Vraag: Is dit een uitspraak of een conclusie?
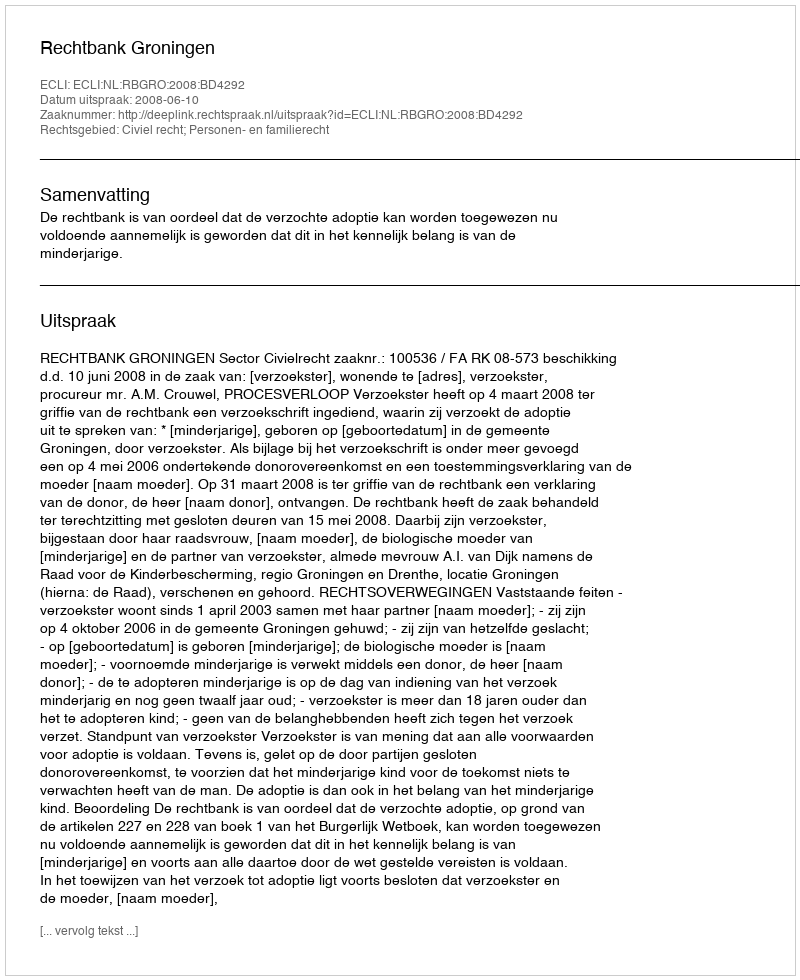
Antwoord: Uitspraak